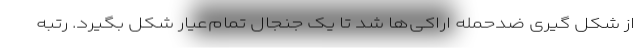
از شکل گیری ضدحمله اراکی‌ها شد تا یک جنجال تمام‌عیار شکل بگیرد. رتبه